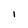
Character: 1